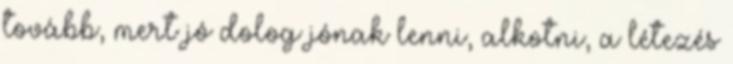
tovább, mert jó dolog jónak lenni, alkotni, a létezés